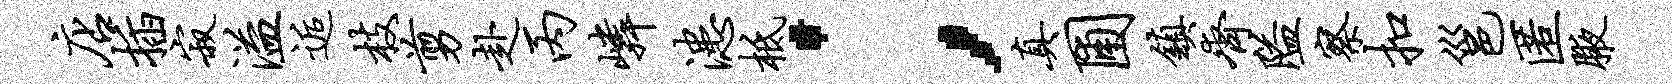
店插寂溢逅枝剪赴丙嶙漶柢；真圃镇齐隘察扣邕匿腋